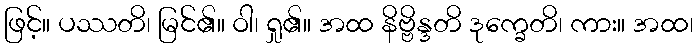
ဖြင့်။ ပဿတိ၊ မြင်၏။ ဝါ၊ ရှု၏။ အထ နိဗ္ဗိန္ဒတိ ဒုက္ခေတိ၊ ကား။ အထ၊